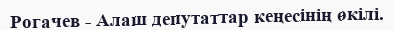
Рогачев - Алаш депутаттар кеңесінің өкілі.